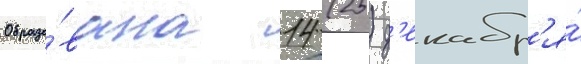
Образо́вана 14 (25) д'екабр'я́